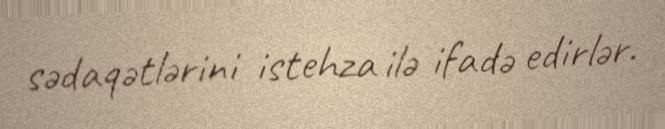
sədaqətlərini istehza ilə ifadə edirlər.